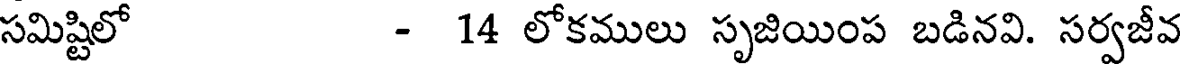
సమిష్టిలో - 14 లోకములు సృజియింప బడినవి. సర్వజీవ